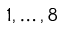
1 , \ldots , 8